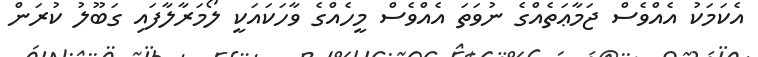
އެކަމަކު އެއްވެސް ޖަމާޢަތެއްގެ ނުވަތަ އެއްވެސް މީހެއްގެ ވާހަކައަކީ ލޯމަރާލާފައި ގަބޫލު ކުރަން